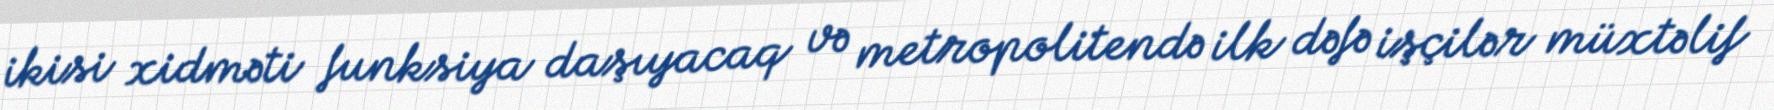
ikisi xidməti funksiya daşıyacaq və metropolitendə ilk dəfə işçilər müxtəlif